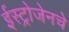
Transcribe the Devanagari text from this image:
ईस्ट्रोजेनचे